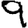
Digit: 9